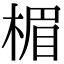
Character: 楣